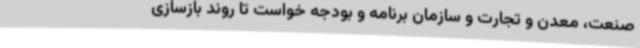
صنعت،‌ معدن و تجارت و ‌سازمان برنامه و بودجه خواست تا روند بازسازی